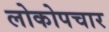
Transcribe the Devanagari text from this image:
लोकोपचार